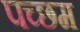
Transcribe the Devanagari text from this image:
पच्छम